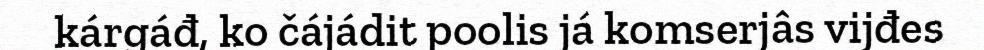
kárgáđ, ko čájádit poolis já komserjâs vijđes